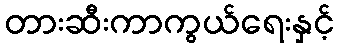
တားဆီးကာကွယ်ရေးနှင့်